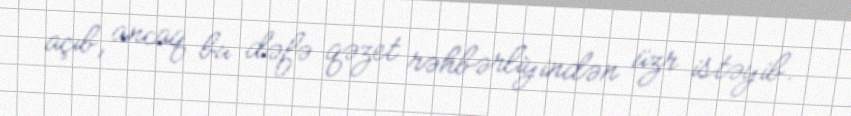
açıb, ancaq bu dəfə qəzet rəhbərliyindən üzr istəyib.